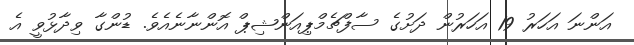
އަންނަ އަހަރު 19 އަހަރުން ދަށުގެ ސާފްޗެމްޕިއަންޝިޕް އޮންނާނެއެވެ. ޑުންގާ ވިދާޅުވީ އެ